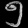
Digit: ၅